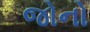
જોનો